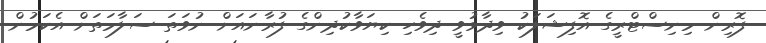
ފޮރިން މިނިސްޓްރީގެ އޮފިޝަލަކު ވިދާޅުވީ ދިވެހި ކިޔަވާކުދިންގެ ފުރާނައަށް ނުވަަތަ ސަލާމަތަށް އެކަމުން